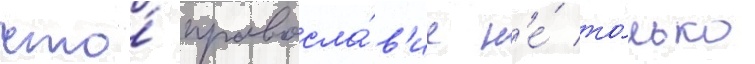
что́ правосла́в'ие н'е́ то́лько